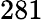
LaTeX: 281